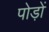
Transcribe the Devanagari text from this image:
पोड़ों